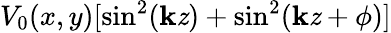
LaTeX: V_{0}(x,y)[\sin^{2}(\mathbf{k}\mathit{z})+\sin^{2}(\mathbf{k}\mathit{z}+\phi)]